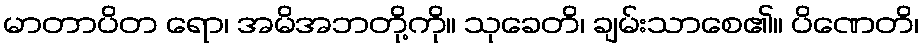
မာတာပိတ ရော၊ အမိအဘတို့ကို။ သုခေတိ၊ ချမ်းသာစေ၏။ ပိဏေတိ၊